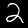
Label: 2